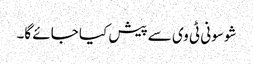
شو سونی ٹی وی سے پیش کیا جائے گا۔